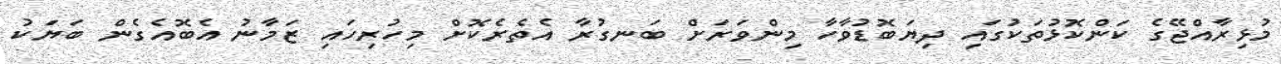
މުޅިރާއްޖޭގެ ކަންކޮޅުތަކުގައި ދިޔަބޮޑުވާހާ މިންވަރަށް ބަނގުރާ އެތެރެކޮށް މިހުރިހައި ޒަމާނު އެބޮއެގެން ބަޔަކު